Madras plague regulations in force outside the Presidency town - Volume 7
Disease focus: Plague
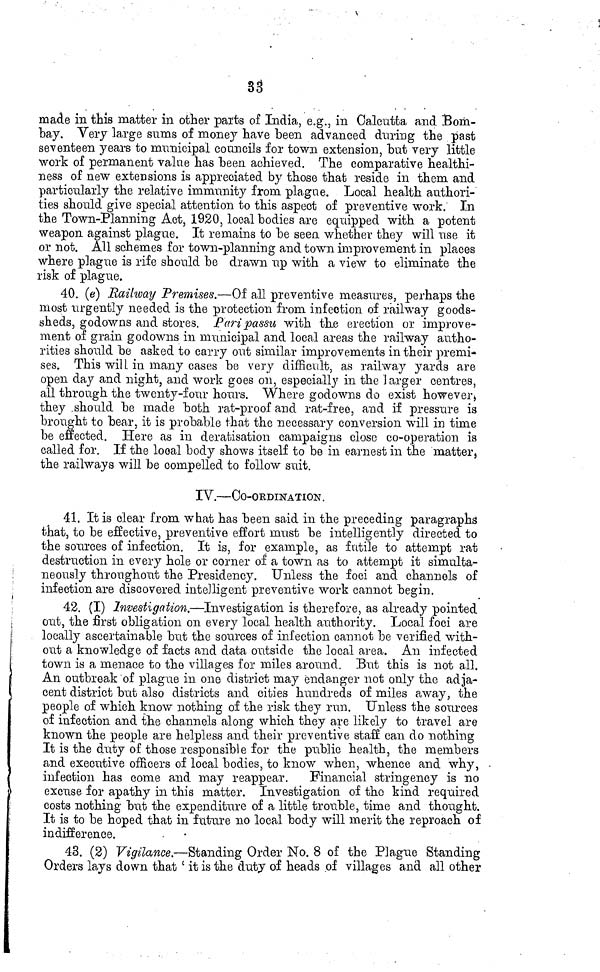
33
made in this matter in other parts of India, e.g., in Calcutta and Bom-
bay. Very large sums of money have been advanced during the past
seventeen years to municipal councils for town extension, but very little
work of permanent value has been achieved. The comparative healthi-
ness of new extensions is appreciated by those that reside in them and
particularly the relative immunity from plague. Local health authori-
ties should give special attention to this aspect of preventive work. In
the Town-Planning Act, 1920, local bodies are equipped with a potent
weapon against plague. It remains to be seen whether they will use it
or not. All schemes for town-planning and town improvement in places
where plague is rife should be drawn up with a view to eliminate the
risk of plague.
40. (e) Railway Premises.—Of all preventive measures, perhaps the
most urgently needed is the protection from infection of railway goods-
sheds, godowns and stores. Paripassu with the erection or improve-
ment of grain godowns in municipal and local areas the railway autho-
rities should be asked to carry out similar improvements in their premi-
ses. This will in many cases be very difficult, as railway yards are
open day and night, a,nd work goes on, especially in the larger centres,
all through the twenty-four hours. Where godowns do exist however,
they .should be made both rat-proof and rat-free, and if pressure is
brought to bear, it is probable that the necessary conversion will in time
be effected. Here as in dératisation campaigns close co-operation is
called for. If the looal body shows itself to be in earnest in the matter,
the railways will be compelled to follow suit.
IV.—CO-ORDINATION .
41. It is clear from what has been said in the preceding paragraphs
that, to be effective, preventive effort must be intelligently directed to
the sources of infection. It is, for example, as futile to attempt rat
destruction in every hole or corner of a town as to attempt it simulta-
neously throughout the Presidency. Unless the foci and channels of
infection are discovered intelligent preventive work cannot begin.
42. (I) Investigation.—Investigation is therefore, as already pointed
out, the first obligation on every local health authority. Local foci are
locally ascertainable but the sources of infection cannot be verified with-
out a knowledge of facts and data outside the local area. An infected
town is a menace to the villages for miles around. But this is not all.
An outbreak of plague in one district may endanger not only the adja-
cent district but also districts and cities hundreds of miles away, the
people of which know nothing of the risk they run. Unless the sources
of infection and the channels along which they are likely to travel are
known the people are helpless and their preventive staff can do nothing
It is the duty of those responsible for the public health, the members
and executive officers of local bodies, to know when, whence and why, .
infection has come and may reappear.
Financial stringency is no
excuse for apathy in this matter. Investigation of the kind required
costs nothing but the expenditure of a little trouble, time and thought.
It is to be hoped that in future no local body will merit the reproach of
indifference.
43. (2) Vigilance.—Standing Order No. 8 of the Plague Standing
Orders lays down that ' it is the duty of heads of villages and all other